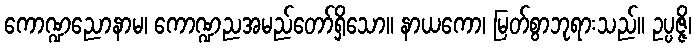
ကောဏ္ဍညောနာမ၊ ကောဏ္ဍညအမည်တော်ရှိသော။ နာယကော၊ မြတ်စွာဘုရားသည်။ ဥပ္ပဇ္ဇိ၊